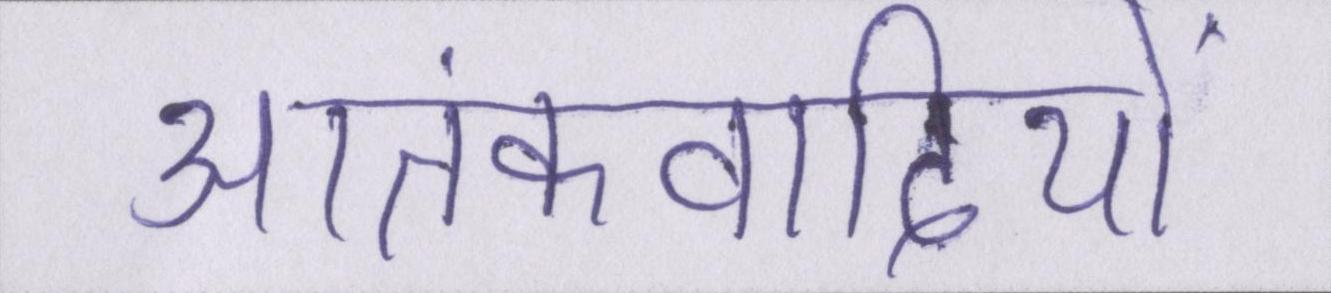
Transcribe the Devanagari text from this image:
आतंकवादियों